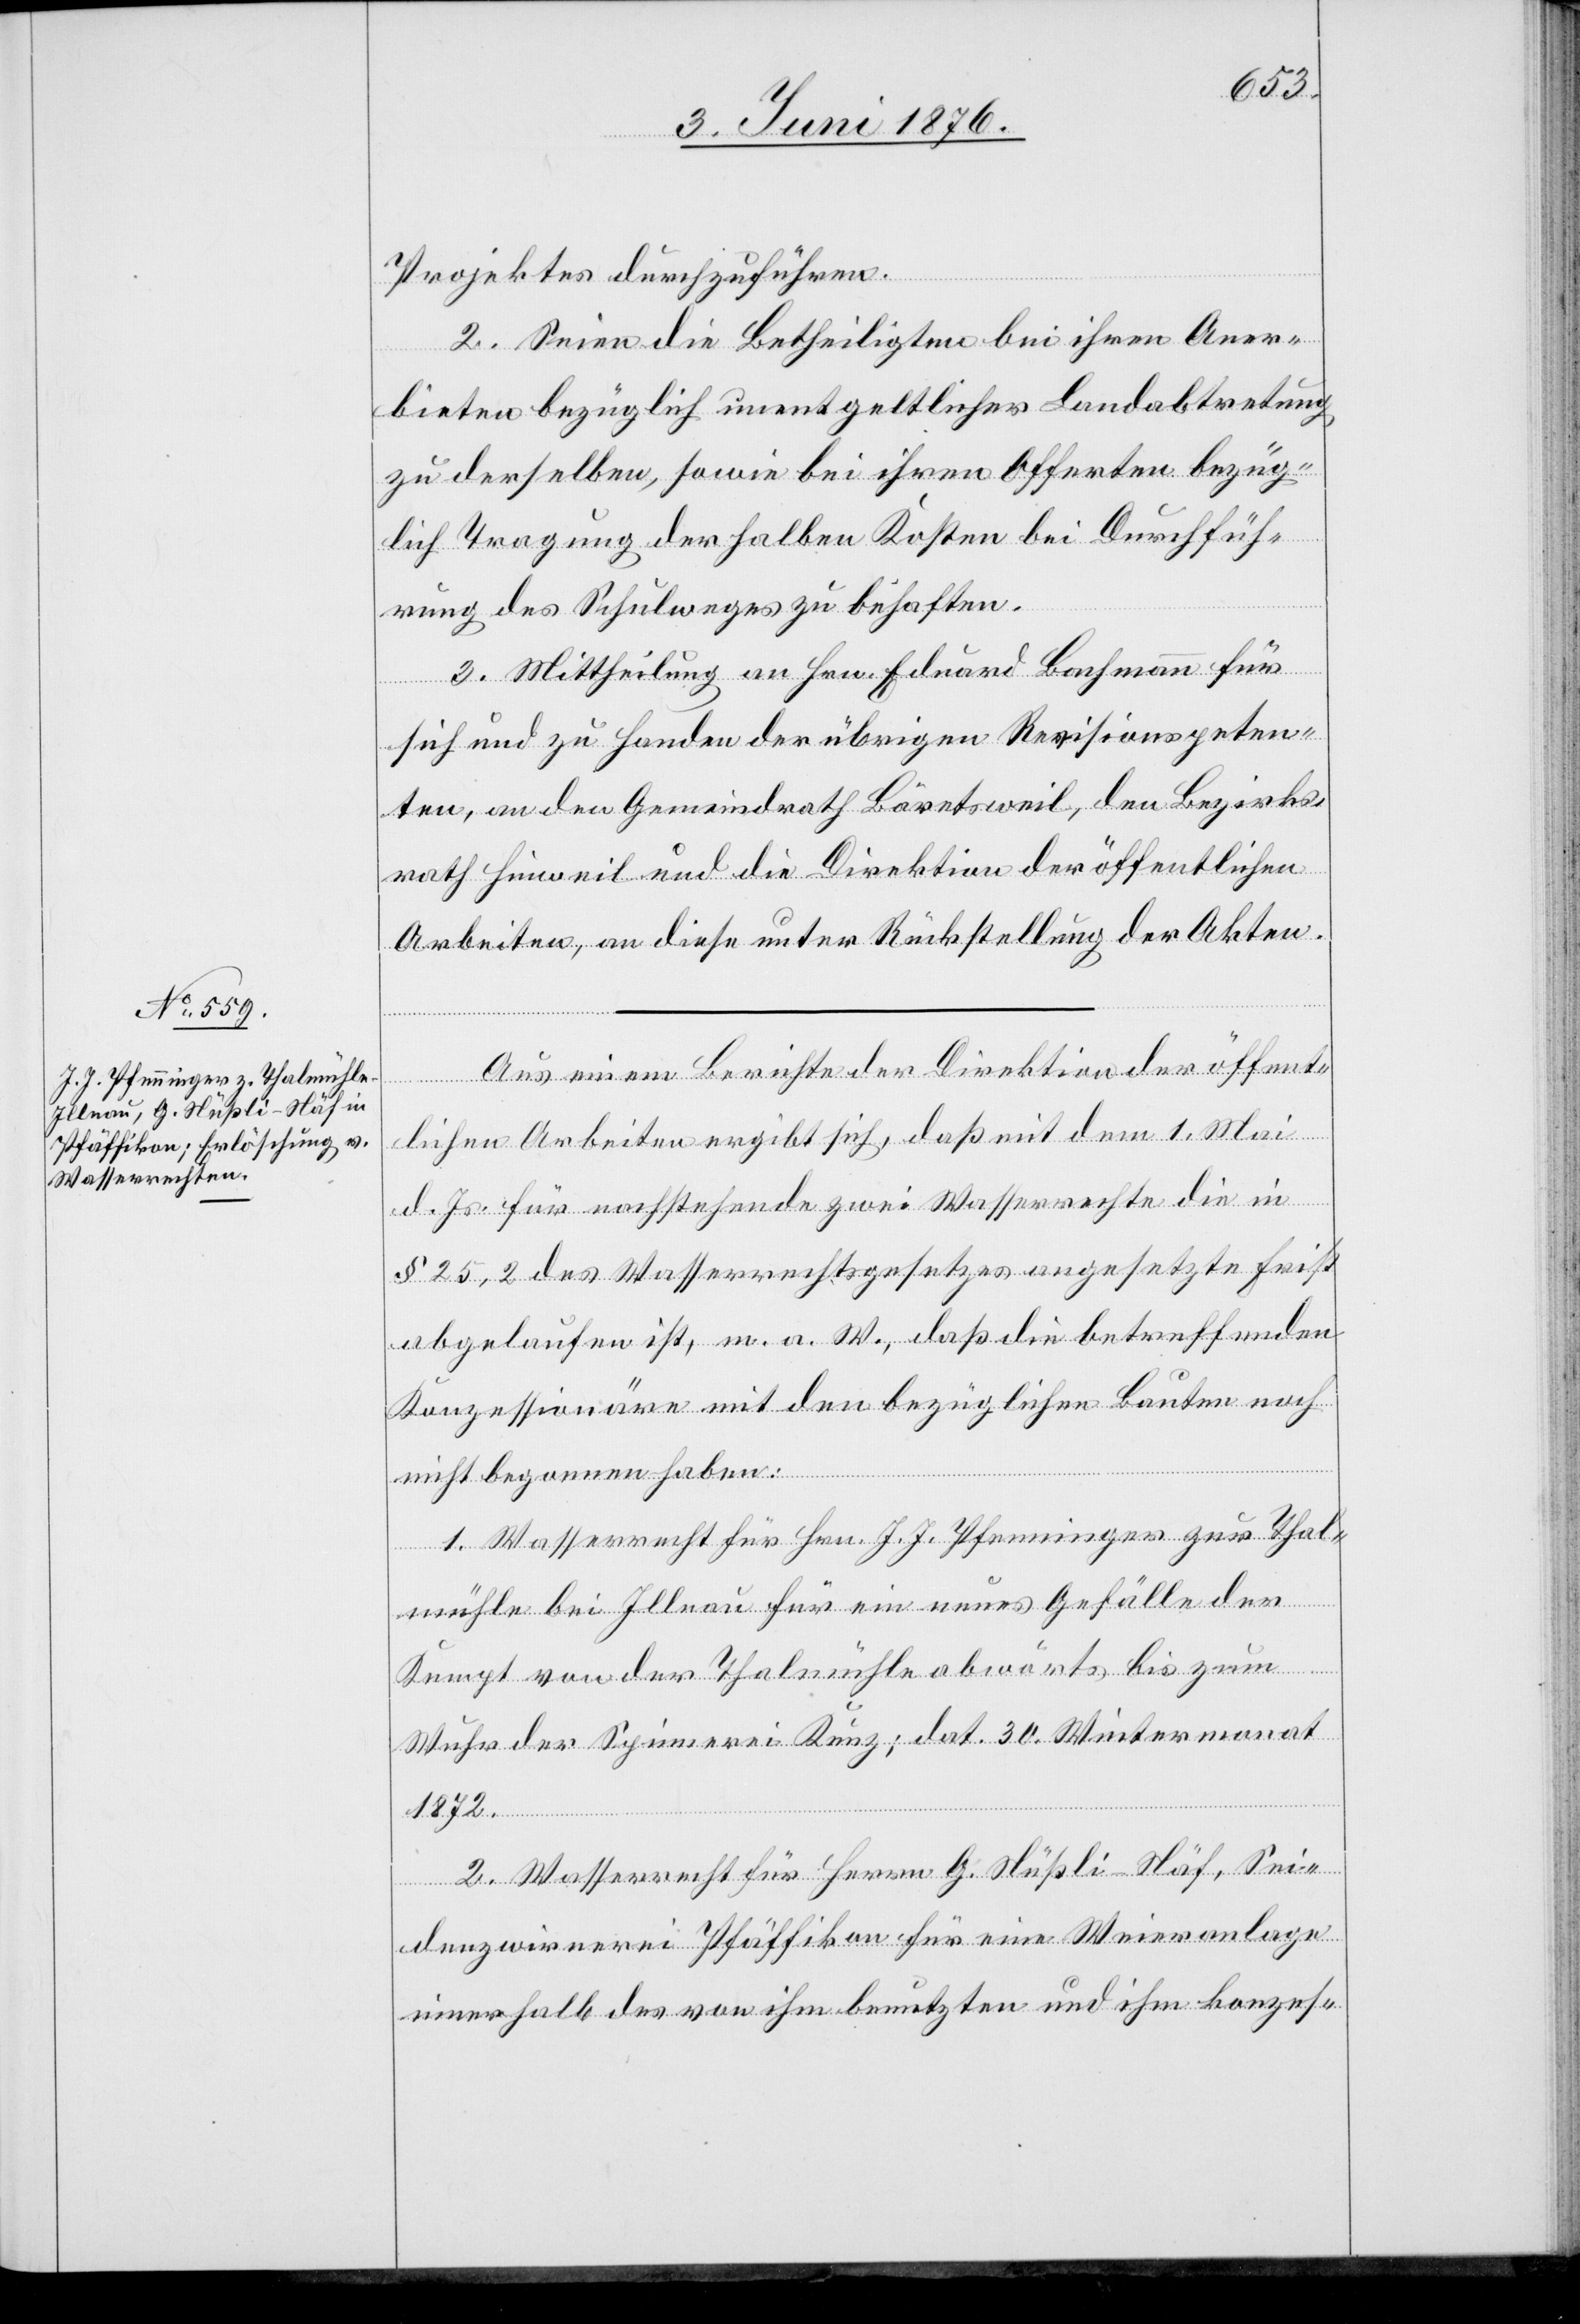
Projektes durchzuführen.
2. Seien die Betheiligten bei ihren Aner¬
bieten bezüglich unentgeltlicher Landabtretung
zu derselben, sowie bei ihren Offerten bezüg¬
lich Tragung der halben Kosten bei Durchfüh¬
rung des Schulweges zu behaften.
3. Mittheilung an Hrn. Eduard Bachmann für
sich und zu Handen der übrigen Revisionspeten¬
ten, an den Gemeindrath Bäretsweil, den Bezirks¬
Aus einem Berichte der Direktion der öffent¬
lichen Arbeiten ergibt sich, daß mit dem 1. Mai
d. Js. Für nachstehende zwei Wasserrechte die in
§ 25,2 des Wasserrechtsgesetzes angesetzte Frist
angelaufen ist, m. a. W., daß die betreffenden
Konzessionäre mit den bezüglichen Bauten noch
nicht begonnen haben:
1. Wasserrecht für Hrn. J. J. Pfenninger zur Thal¬
der
mühle bei Illnau für ein neues Gefälle der
Kumpt von der Thalmühle abwärts bis zum
Wuhr der Schreiberei Kunz; dat. 30. Wintermonat
1872.
2 Wasserrecht für Herrn G. Nüßli-Näf, Sei¬
denzwirnerei Pfäffikon für eine Weieranlage
innerhalb des von ihm benutzten und ihm konzes-